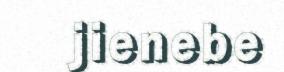
jienebe